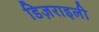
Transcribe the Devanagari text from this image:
डिज़राइली